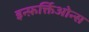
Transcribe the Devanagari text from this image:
इन्फ़र्क्तिओन्स